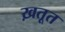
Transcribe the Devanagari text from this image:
ख़तूत